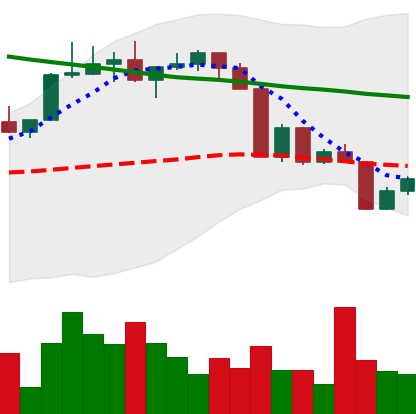
Ticker: XLM-USD
Chart end date: 2022-04-13
Forward return: 4.354%
Label: up_3_5